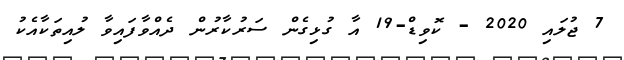
7 ޖުލައި 2020 - ކޮވިޑް-19 އާ ގުޅިގެން ސަރުކާރުން ދެއްވާފައިވާ ލުއިތަކާއެކު